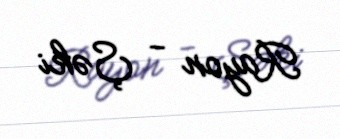
Rayon - Şəki